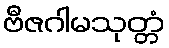
ဗီဇဂါမသုတ္တံ